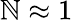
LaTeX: \mathbb{N}\approx1